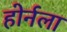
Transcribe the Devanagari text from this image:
होर्नला